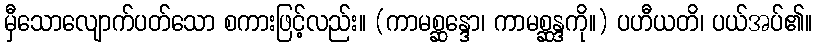
မှီသောလျောက်ပတ်သော စကားဖြင့်လည်း။ (ကာမစ္ဆန္ဒော၊ ကာမစ္ဆန္ဒကို။) ပဟီယတိ၊ ပယ်အပ်၏။